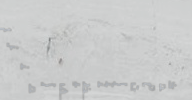
خدمات التنظيف المنزلية ال